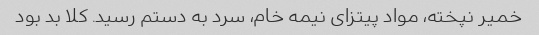
خمیر نپخته، مواد پیتزای نیمه خام، سرد به دستم رسید. کلا بد بود